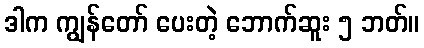
ဒါက ကျွန်တော် ပေးတဲ့ ဘောက်ဆူး ၅ ဘတ်။